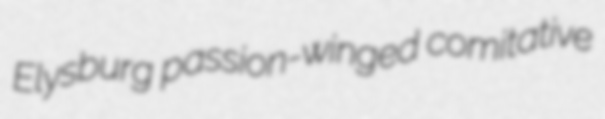
Elysburg passion-winged comitative